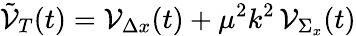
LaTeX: \tilde{\cal V}_{T}(t)={\cal V}_{\Delta x}(t)+\mu^{2}k^{2}\, {\cal V}_{\Sigma_{x}}(t)